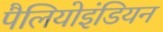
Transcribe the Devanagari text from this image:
पैलियोइंडियन